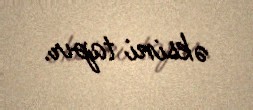
əksini tapır.